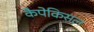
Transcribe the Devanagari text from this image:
कैपेकिसल